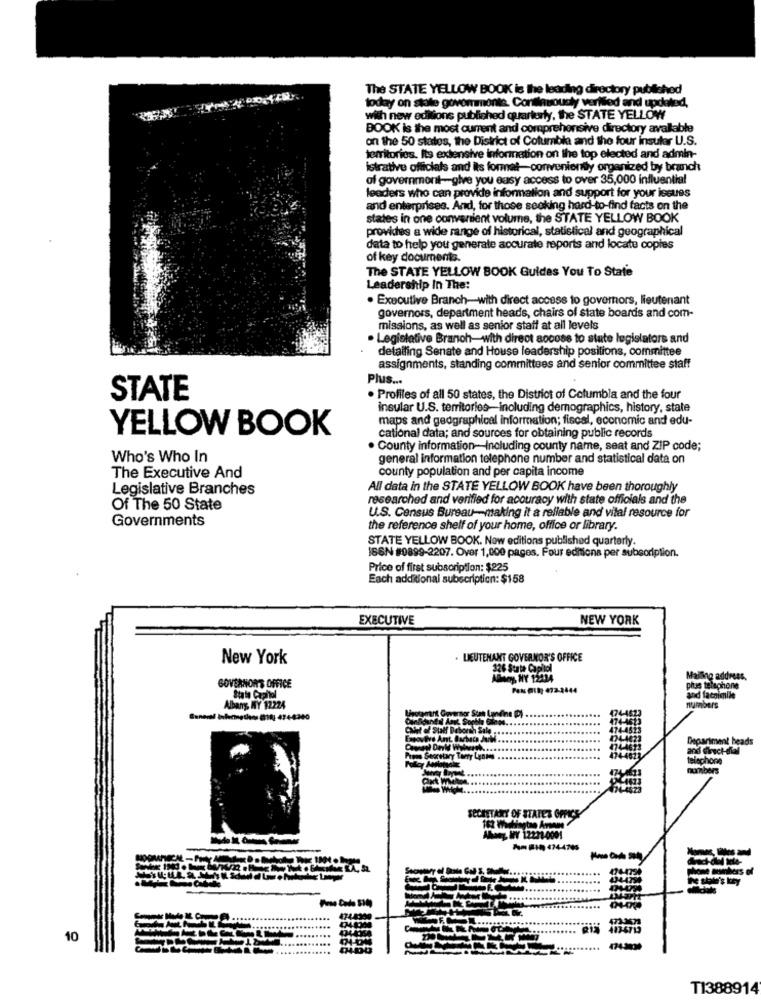
The STATE YELLOW BOOK is the leading directory publichod
today on state govommonte. Continuously verified and updated,
with new editions publiched quarterly, the STATE YELLOW
BOOK is the most current and comprehensive directory available
on the 50 states, the District of Columbia and the four insuler U.S.
territories. Its extensive information on the top elected and admin-
istrative officials and its format-conveniently organized by brancht
of government-give you easy access to over 35,000 influential
feeders who can provide information and support for your issues
and enterprises. And, for those seoking hard-to-find facts on the
states in one convenient volume, the STATE YELLOW BOOK
proviches a wide range of historical, statistical and geographical
data to help you generate accurate reports and locate copies
of key documents.
The STATE YELLOW BOOK Guides You To State
Leadership In The:
. Executive Branch-with direct access to governors, lieutenant
governors, department heads, chairs of state boards and com-
missions, as well as senior staff at all levels
gistative Branch-with direct access to state legislators and
detailing Senate and House leadership positions, committee
assignments, standing committees and senior committee staff
Plus ...
STATE
. Profiles of all 50 states, the District of Columbia and the four
insular U.S. territories-including demographics, history, state
maps and gedgraphical information; fiscal, economic and edu-
YELLOW BOOK
cational data; and sources for obtaining public records
. County information-Including county name, seat and ZIP code;
Who's Who In
general information telephone number and statistical data on
county population and per capita income
The Executive And
Legislative Branches
All data in the STATE YELLOW BOOK have been thoroughly
researched and verified for accuracy with state officials and the
Of The 50 State
Governments
U.S. Census Bureau-making it a reliable and vital resource for
the reference shelf of your home, office or library.
STATE YELLOW BOOK. Now editions published quarterly.
ISGN #0899-2207. Over 1,000 pages. Four editions per subsorption.
Price of first subscription: $225
Each additional subscription: $158
EXECUTIVE
NEW YORK
New York
LIEUTENANT GOVERNOR'S OFFICE
126 State Capitol
ADhoy, HY 12414
GOVERNOR'S OFFICE
Paks @18: 472-2444
us telephone
State Capitol
und facsimile
Albans NY 12224
Mine DI
umbers
General Internetlos @18 474-4340
474-
623
LAGT3
Press Secretary Tany Lynmes ...
474-4673
SECRETARY OF STATE'S OFPICS
Ahogy, WY 12231-0001
172.3671
483-6713
10
474-3030
TI388914